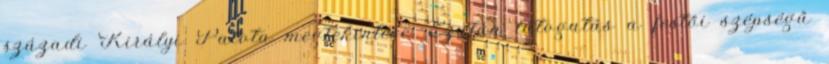
századi Királyi Palota megtekintése. Ezután látogatás a festői szépségű